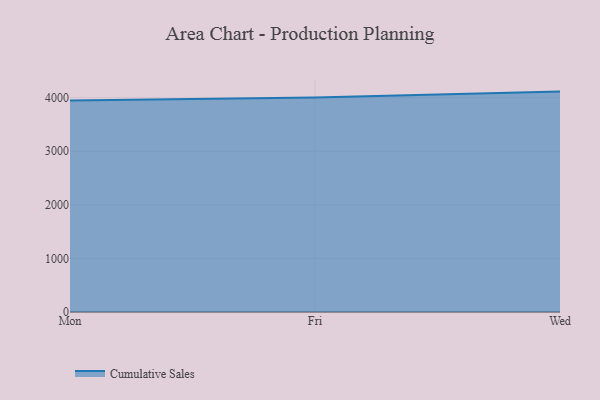
{"axis": {"x": "Day", "y": "Conversion Rate (%)"}, "legend": ["Cumulative Sales"], "data": [{"x": "Mon", "y": 3948.8, "type": "Cumulative Sales"}, {"x": "Fri", "y": 4002.3, "type": "Cumulative Sales"}, {"x": "Wed", "y": 4112.6, "type": "Cumulative Sales"}]}